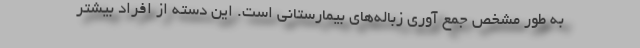
به طور مشخص جمع آوری زباله‌های بیمارستانی است. این دسته از افراد بیشتر